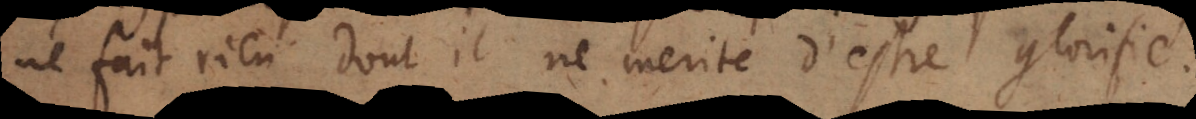
ne fait rien dont il ne merite d’estre glorif